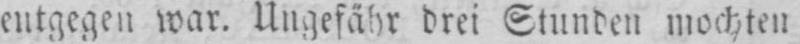
entgegen war. Ungefähr drei Stunden mochten